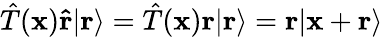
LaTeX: {\hat{T}}(\mathbf{x})\mathbf{\hat{r}}|\mathbf{r}\rangle={\hat{T}}(\mathbf{x})\mathbf{r}|\mathbf{r}\rangle=\mathbf{r}|\mathbf{x}+\mathbf{r}\rangle